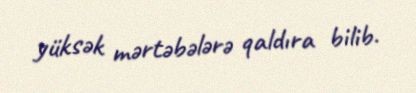
yüksək mərtəbələrə qaldıra bilib.